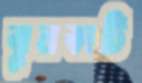
ঝুলকাটি